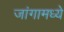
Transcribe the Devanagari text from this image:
जांगामध्ये